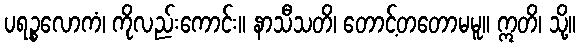
ပရဉ္စလောကံ၊ ကိုလည်းကောင်း။ နာသီသတိ၊ တောင့်တတောမမူ။ ဣတိ၊ သို့။